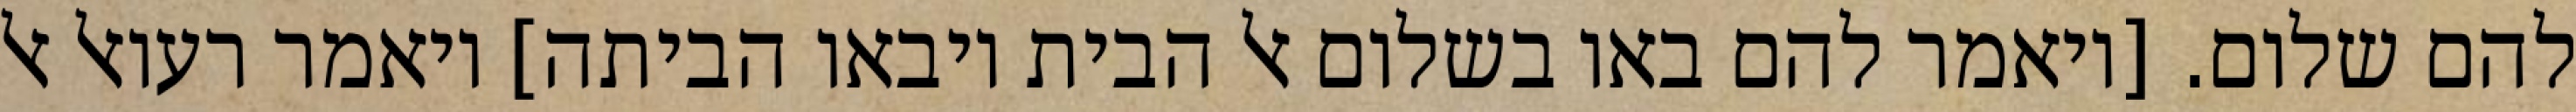
להם שלום. [ויאמר להם באו בשלום אל הבית ויבאו הביתה] ויאמר רעואל אל